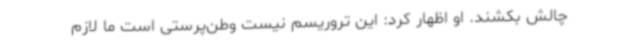
چالش بکشند. او اظهار کرد: این تروریسم نیست وطن‌پرستی است ما لازم